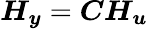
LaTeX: \boldsymbol{H_{y}}=\boldsymbol{C}\boldsymbol{H_{u}}